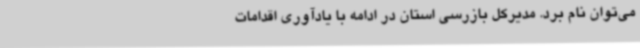
می‌توان نام برد. مدیرکل بازرسی استان در ادامه با یادآوری اقدامات